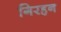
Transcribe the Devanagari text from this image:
गिरहन